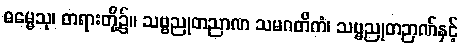
ဓမ္မေသု၊ တရားတို့၌။ သဗ္ဗညုတညာဏ သမဂတိကံ၊ သဗ္ဗညုတဉာဏ်နှင့်